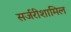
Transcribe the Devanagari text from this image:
सर्जरीशामिल